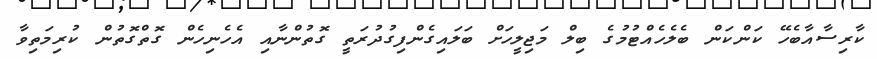
ކާރިސާއާބެހޭ ކަންކަން ބެލެހެއްޓުމުގެ ބިލް މަޖިލީހަށް ބަލައިގެންފިގުދުރަތީ ގޮތުންނާއި އެހެނިހެން ގޮތްގޮތުން ކުރިމަތިވާ